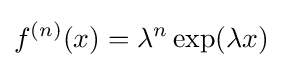
f^{(n)}(x)=\lambda ^{n}\exp(\lambda x)